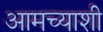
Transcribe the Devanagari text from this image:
आमच्याशी